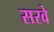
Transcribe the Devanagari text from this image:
सरवे